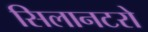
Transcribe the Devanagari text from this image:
सिलानटरो